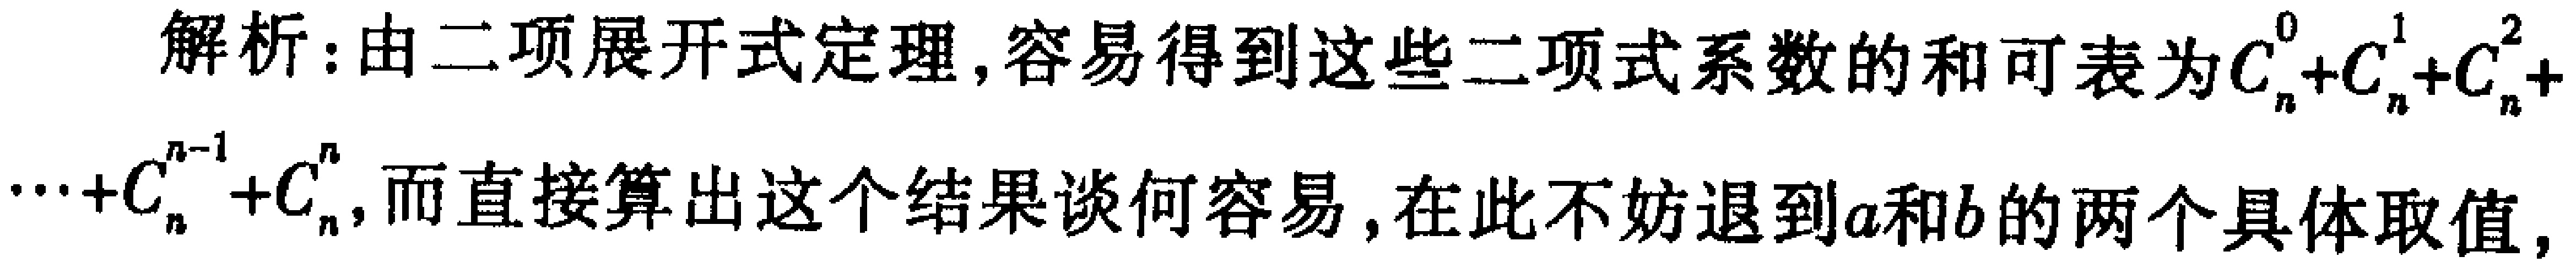
解析：由二项展开式定理，容易得到这些二项式系数的和可表为\(C_{n}^{0}+C_{n}^{1}+C_{n}^{2}+\cdots +C_{n}^{n - 1}+C_{n}^{n}\)，而直接算出这个结果谈何容易，在此不妨退到\(a\)和\(b\)的两个具体取值，